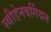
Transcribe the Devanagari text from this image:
स्वीडेनबर्गियन